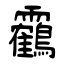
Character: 靏